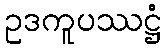
ဥဒကူပဿဋ္ဌံ